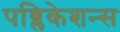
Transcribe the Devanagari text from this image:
पब्लिकेशन्‍स